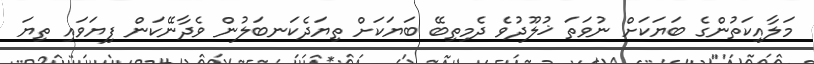
މަލާއިކަތުންގެ ބަޔަކަށް ނުވަތަ ޚުލޫދުވެ ދެމިތިބޭ ބަޔަކަށް ތިޔަދެކަނބަލުން ވެދާނޭކަން ފިޔަވައި ތިޔަ